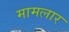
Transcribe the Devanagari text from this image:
मामलार